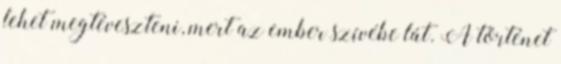
lehet megtéveszteni, mert az ember szívébe lát. A történet